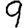
Digit: 9